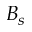
B _ { s }